Annual report of the Imperial Bacteriologist
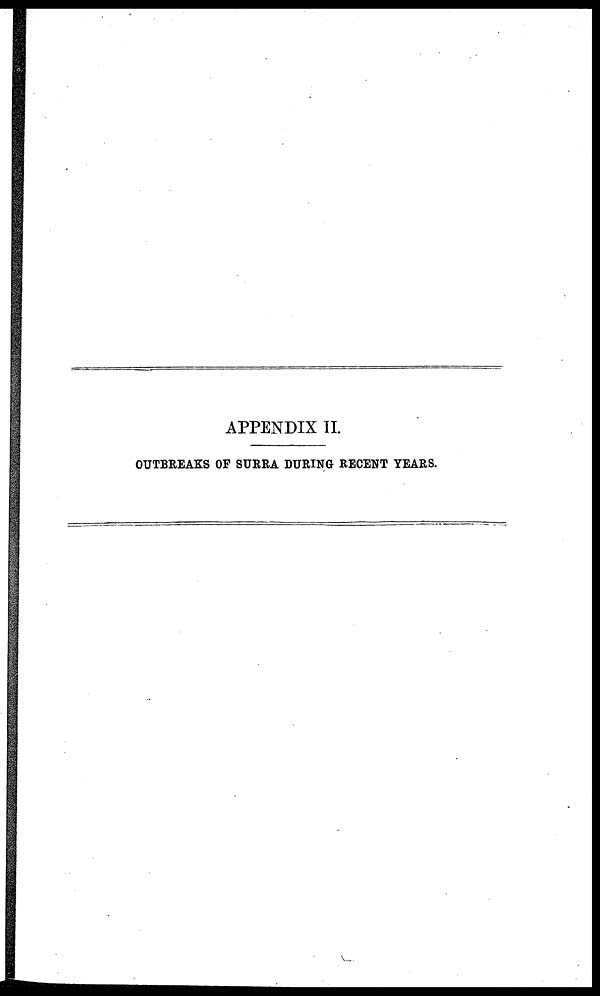
APPENDIX II.
OUTBREAKS OF SURRA DURING RECENT YEARS.